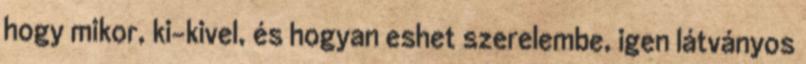
hogy mikor, ki-kivel, és hogyan eshet szerelembe, igen látványos